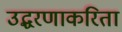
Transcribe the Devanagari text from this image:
उद्धरणाकरिता